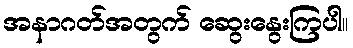
အနာဂတ်အတွက် ဆွေးနွေးကြပါ။